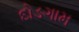
દોડગામ